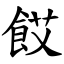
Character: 餀